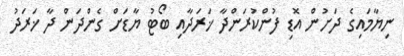
ނިޔާމައިގެ ދަށުން އޮޑި ފުންކުރަންދާ ޚަރަދާއި ބޯޓު ޔާޑަށް ގެންދަން ދާ ޚަރަދު